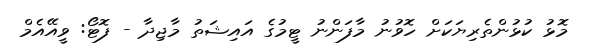
މޮޅު ކުޅުންތެރިޔަކަށް ހޮވުނު މާފަންނު ޓީމުގެ އައިޝަތު މާޖިދާ - ފޮޓޯ: ވީއޭއެމް